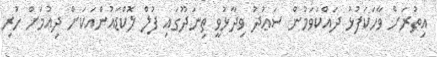
އިތުރަށް ވާހަކަފުޅު ދައްކަވަމުން ސަޢުދު ވިދާޅުވީ ތިނަދޫގައި ފުލް ލޮކްޑައުންއަކަށް ދިއުމަށް ހުރި